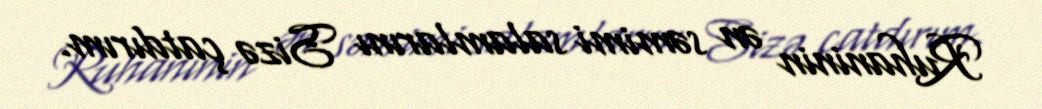
Ruhaninin ən səmimi salamlarını Sizə çatdırım.